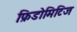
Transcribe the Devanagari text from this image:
फ्रिडोमिटिज